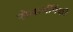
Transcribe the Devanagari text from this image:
सेनानींपैकी